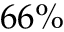
6 6 \%